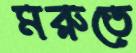
মরুতে